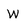
Character: w